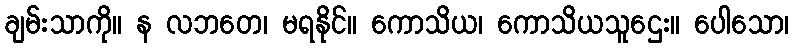
ချမ်းသာကို။ န လဘတေ၊ မရနိုင်။ ကောသိယ၊ ကောသိယသူဌေး။ ပေါသော၊